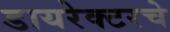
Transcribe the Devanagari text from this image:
डायरेक्टरचे